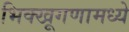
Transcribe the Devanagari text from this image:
भिक्खूगणामध्ये